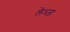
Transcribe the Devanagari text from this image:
लेंञ्ज़ा